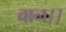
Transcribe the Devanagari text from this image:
वान।।